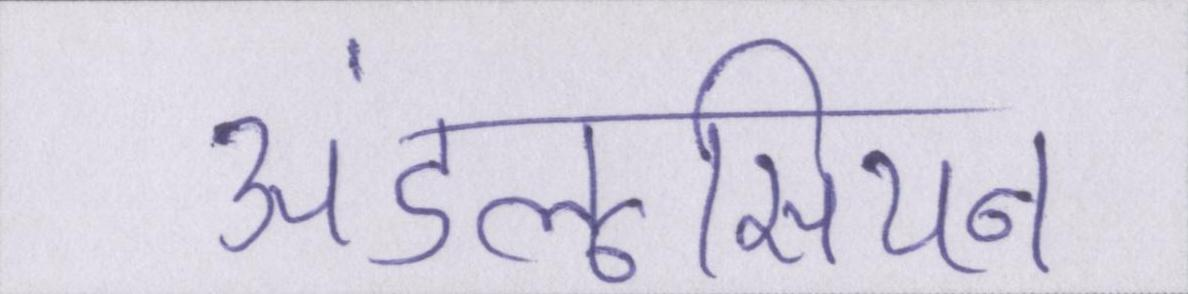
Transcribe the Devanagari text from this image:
अंडलूसियन